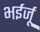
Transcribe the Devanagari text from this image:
भईर्जू